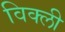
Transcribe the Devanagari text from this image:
विक्ली